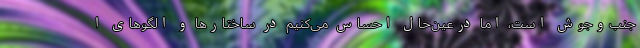
جنب‌وجوش است، اما درعین‌حال احساس می‌کنیم در ساختارها و الگوهای ا